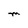
Character: M